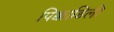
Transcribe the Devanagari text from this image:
पिक्काडिली